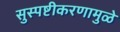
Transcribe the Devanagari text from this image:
सुस्पष्टीकरणामुळे